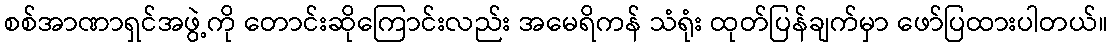
စစ်အာဏာရှင်အဖွဲ့ကို တောင်းဆိုကြောင်းလည်း အမေရိကန် သံရုံး ထုတ်ပြန်ချက်မှာ ဖော်ပြထားပါတယ်။